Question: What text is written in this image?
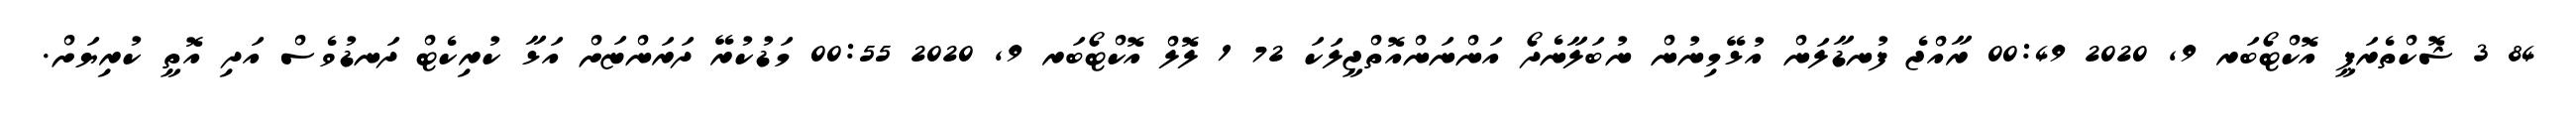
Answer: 84 3 ޝޮކްތެރަޕީ އޮކްޓޯބަރ 9, 2020 00:49 ރާއްޖެ ފުނޑާލަން އުޅޭމިނުން ނުބަލާނެދޯ އަންނަންއޮތްޖީލަކަ 72 1 ލޮލް އޮކްޓޯބަރ 9, 2020 00:55 މަޑުކުރޭ ދަރަންޏަށް އަޅާ ކުރިކެޓް ދަނޑުވެސް އަދި އޮތީ ކުރިޔަށް.